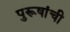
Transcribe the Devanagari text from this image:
पुरूषांची